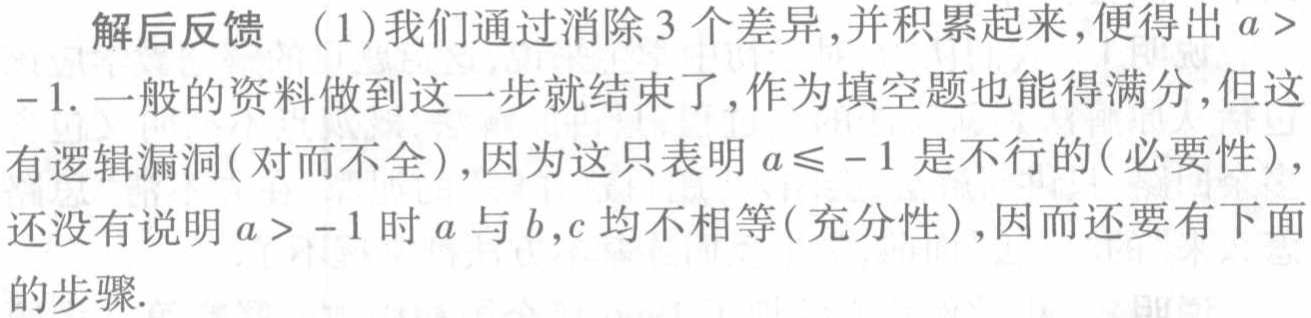
解后反馈 （1）我们通过消除 3 个差异,并积累起来,便得出 \(a > -1\). 一般的资料做到这一步就结束了,作为填空题也能得满分,但这有逻辑漏洞(对而不全),因为这只表明 \(a\leqslant -1\) 是不行的(必要性),还没有说明 \(a > -1\) 时 \(a\) 与 \(b,c\) 均不相等(充分性),因而还要有下面的步骤.